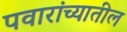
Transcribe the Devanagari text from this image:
पवारांच्यातील